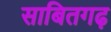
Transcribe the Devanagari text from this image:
साबितगढ़